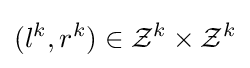
(l^{k},r^{k})\in {\mathcal {Z}}^{k}\times {\mathcal {Z}}^{k}